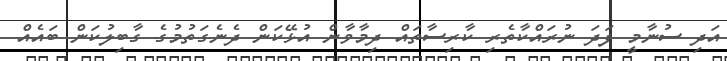
އަދި ސުނާމީ ފަދަ ނުރައްކާތެރި ކާރިސާތައް ދިމާވާން އުޅޭކަން ދެނެގަތުމުގެ ގާބިލުކަން ބައެއް